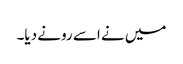
میں نے اسے رونے دیا۔